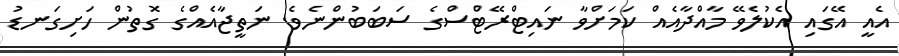
އެއީ އޭގައި އެކުލެވޭ މާއްދާއެއް ކަމަށްވާ ނައިޓްރޭޓްސްގެ ސަބަބުންނެވެ. ނަތީޖާއެއްގެ ގޮތުން ހަށިގަނޑު